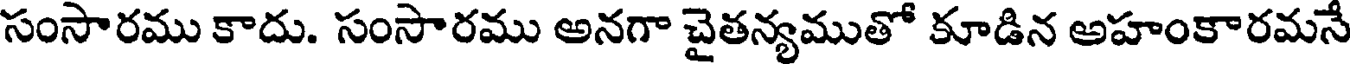
సంసారము కాదు. సంసారము అనగా చైతన్యముతో కూడిన అహంకారమనే